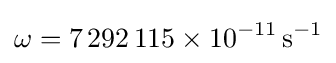
\omega =7\,292\,115\times 10^{-11}\,\mathrm {s^{-1}}